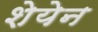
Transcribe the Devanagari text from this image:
शेयेन